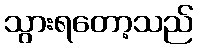
သွားရတော့သည်